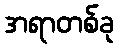
အရာတစ်ခု